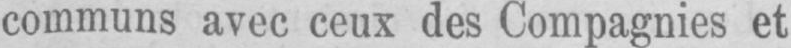
communs avec ceux des Compagnies et